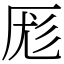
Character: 厖